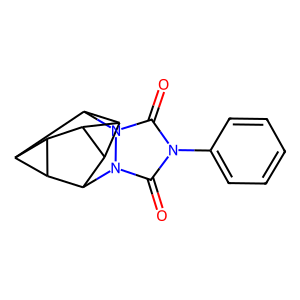
SMILES: O=c1n(-c2ccccc2)c(=O)n2n1C1C3C4C5C1C5C2C43
Inhibits HIV replication: No